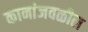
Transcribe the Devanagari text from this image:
कानांजवळील